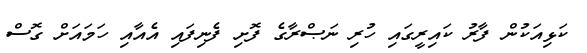
ކަޅިއަކުން ފާރު ކައިރީގައި ހުރި ނަޞްރާގެ ފޮށި ފެނިފައި އެއާއި ހަމައަށް ގޮސް